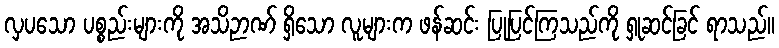
လှပသော ပစ္စည်းများကို အသိဉာဏ် ရှိသော လူများက ဖန်ဆင်း ပြုပြင်ကြသည်ကို ရှုဆင်ခြင် ရာသည်။